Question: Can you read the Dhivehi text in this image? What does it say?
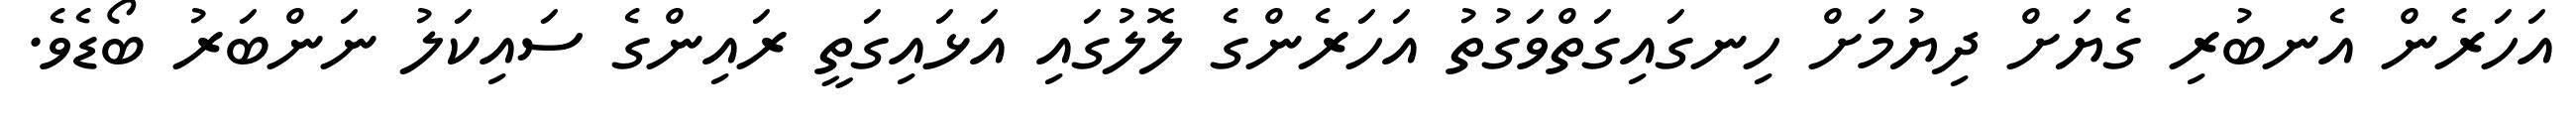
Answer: އަހަރެން އެނބުރި ގެޔަށް ދިޔުމަށް ހިނގައިގަތްވަގުތު އަހަރެންގެ ލޮލުގައި އަޅައިގަތީ ރައިންގެ ސައިކަލު ނަންބަރު ބޯޑެވެ.